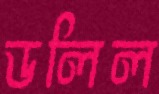
ডলিল